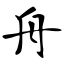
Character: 舟